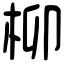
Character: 柳